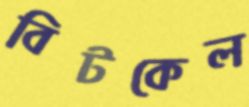
বিটকেল